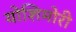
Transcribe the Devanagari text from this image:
योशिमोरी